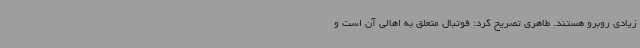
زیادی روبرو هستند. طاهری تصریح کرد: فوتبال متعلق به اهالی آن است و